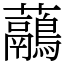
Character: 虉